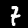
Label: 7